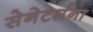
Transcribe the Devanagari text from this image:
सेनेटर्सना